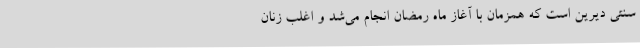
سنتی دیرین است که همزمان با آغاز ماه رمضان انجام می‌شد و اغلب زنان